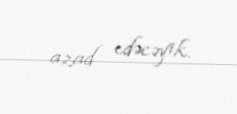
azad edəcəyik.